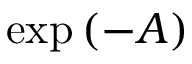
\exp \left( - A \right)